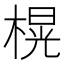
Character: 榥